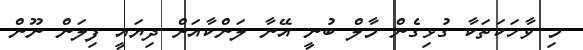
މި ވާހަކަތަކާ ގުޅިގެން މާލް ބުނީ އޭނާ ލަންކާއަށް ދިޔައީ ފިލަން ނޫން